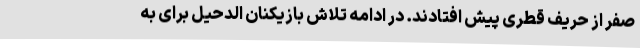
صفر از حریف قطری پیش افتادند. در ادامه تلاش بازیکنان الدحیل برای به